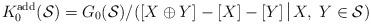
LaTeX: \begin{align*}K_0^{\operatorname{add}}(\mathcal{S})= G_0(\mathcal{S})/([X \oplus Y]-[X]-[Y]\; \vline \;X,\;Y \in \mathcal{S})\end{align*}